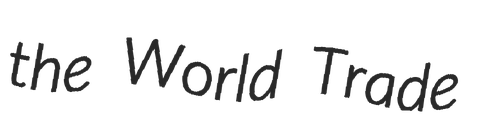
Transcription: the World Trade